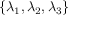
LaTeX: \{ \lambda _ { 1 } , \lambda _ { 2 } , \lambda _ { 3 } \}